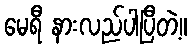
မေရီ နားလည်ပါပြီတဲ့။